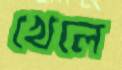
খেলে